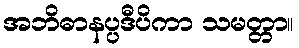
အဘိဓာနပ္ပဒီပိကာ သမတ္တာ။